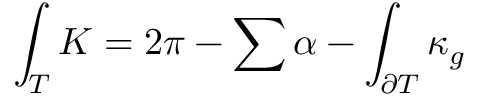
\int _ { T } K = 2 \pi - \sum \alpha - \int _ { \partial T } \kappa _ { g }